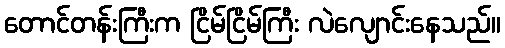
တောင်တန်းကြီးက ငြိမ်ငြိမ်ကြီး လဲလျောင်းနေသည်။